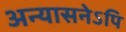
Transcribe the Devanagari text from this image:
अन्यासनेऽपि